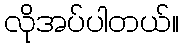
လိုအပ်ပါတယ်။